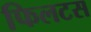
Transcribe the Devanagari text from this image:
फिलटस